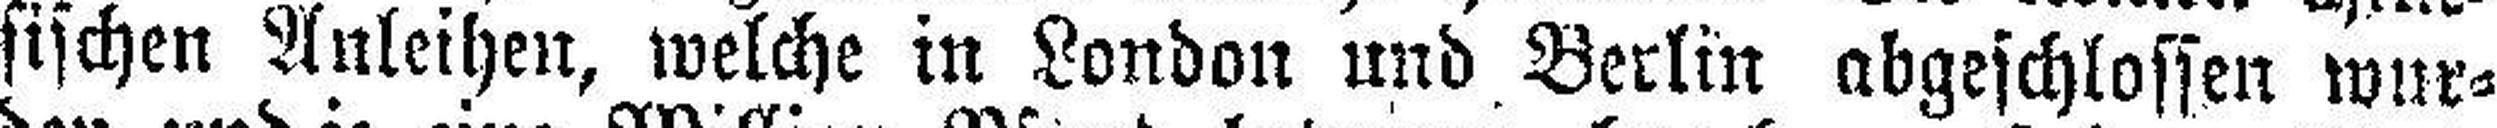
sischen Anleihen, welche in London und Berlin abgeschlossen wur¬